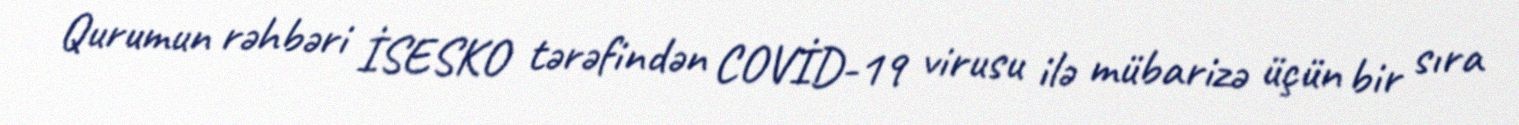
Qurumun rəhbəri İSESKO tərəfindən COVİD-19 virusu ilə mübarizə üçün bir sıra